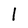
Character: 1